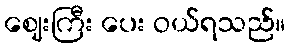
ဈေးကြီး ပေး ဝယ်ရသည်။